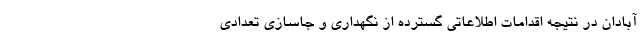
آبادان در نتیجه اقدامات اطلاعاتی گسترده از نگهداری و جاسازی تعدادی